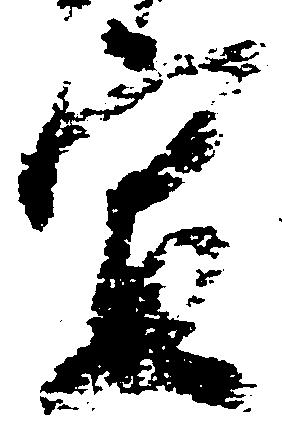
宣